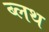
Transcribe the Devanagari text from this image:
ब्लथ